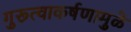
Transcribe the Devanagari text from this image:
गुरूत्वाकर्षणामुळे